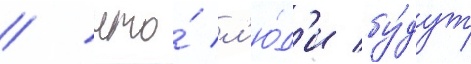
/ что́ л'ю́д'и бу́дут